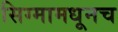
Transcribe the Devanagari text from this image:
सिग्मामधूनच